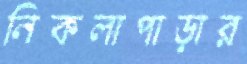
নিকলাপাড়ার